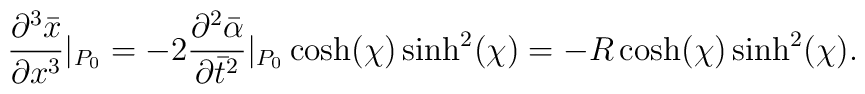
\frac{\partial^3\bar{x}}{\partial x^3}|_{P_0} = - 2\frac{\partial^2\bar{\alpha}}{\partial \bar{t}^2}|_{P_0} \cosh(\chi)\sinh^2(\chi)  = - R\cosh(\chi) \sinh^2(\chi).